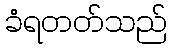
ခံရတတ်သည်